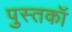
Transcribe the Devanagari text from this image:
पुस्तकॉ